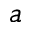
a